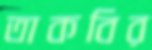
তাকবির